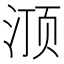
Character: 𰛽